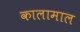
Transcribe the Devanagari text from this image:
कालामाल